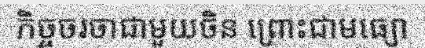
កិច្ចចរចាជាមួយចិន ព្រោះជាមធ្យោ